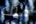
ملك